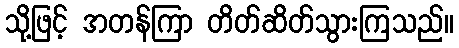
သို့ဖြင့် အတန်ကြာ တိတ်ဆိတ်သွားကြသည်။